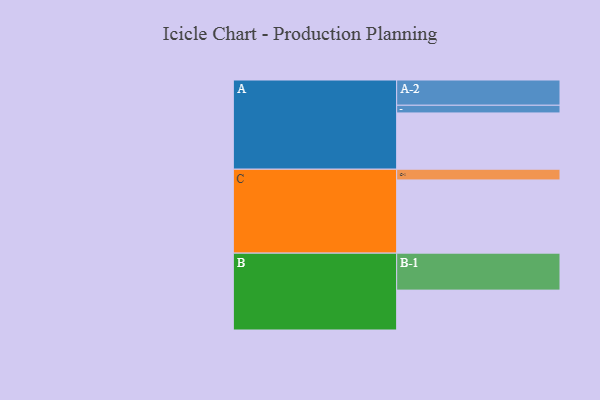
{"axis": {"x": "Segment", "y": "Value"}, "legend": ["", "A", "B", "C"], "data": [{"x": "A", "y": 446, "type": ""}, {"x": "B", "y": 316, "type": ""}, {"x": "C", "y": 580, "type": ""}, {"x": "A-1", "y": 61, "type": "A"}, {"x": "A-2", "y": 200, "type": "A"}, {"x": "B-1", "y": 293, "type": "B"}, {"x": "C-1", "y": 85, "type": "C"}]}